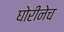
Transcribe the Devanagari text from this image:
घोरीनेच